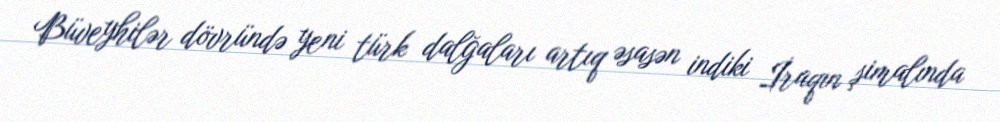
Büveyhilər dövründə yeni türk dalğaları artıq əsasən indiki İraqın şimalında